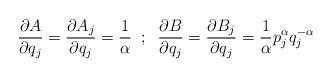
LaTeX: \begin{align*}\frac{\partial A}{\partial q_{j}}=\frac{\partial A_{j}}{\partial q_{j}}=\frac{1}{\alpha}\;\;;\;\;\frac{\partial B}{\partial q_{j}}=\frac{\partial B_{j}}{\partial q_{j}}=\frac{1}{\alpha}p^{\alpha}_{j}q^{-\alpha}_{j}\end{align*}